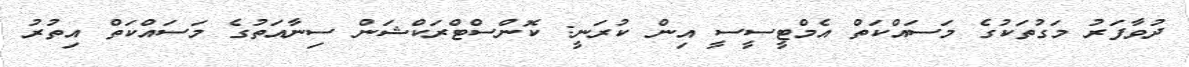
ދުވާފަރު މަގުތަކުގެ މަސައްކަތް އެމްޓީސީސީ އިން ކުރަނީ: ކޮންސްޓްރަކްޝަން ސިނާއަތުގެ މަސައްކަތް އިތުރު